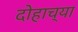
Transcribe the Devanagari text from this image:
दोहाच्या